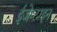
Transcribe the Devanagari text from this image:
ईजेप्टाइन